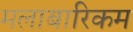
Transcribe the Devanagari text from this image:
मलाबारिकम